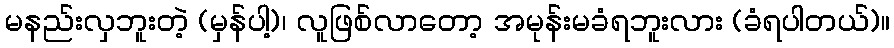
မနည်းလှဘူးတဲ့ (မှန်ပါ့)၊ လူဖြစ်လာတော့ အမုန်းမခံရဘူးလား (ခံရပါတယ်)။